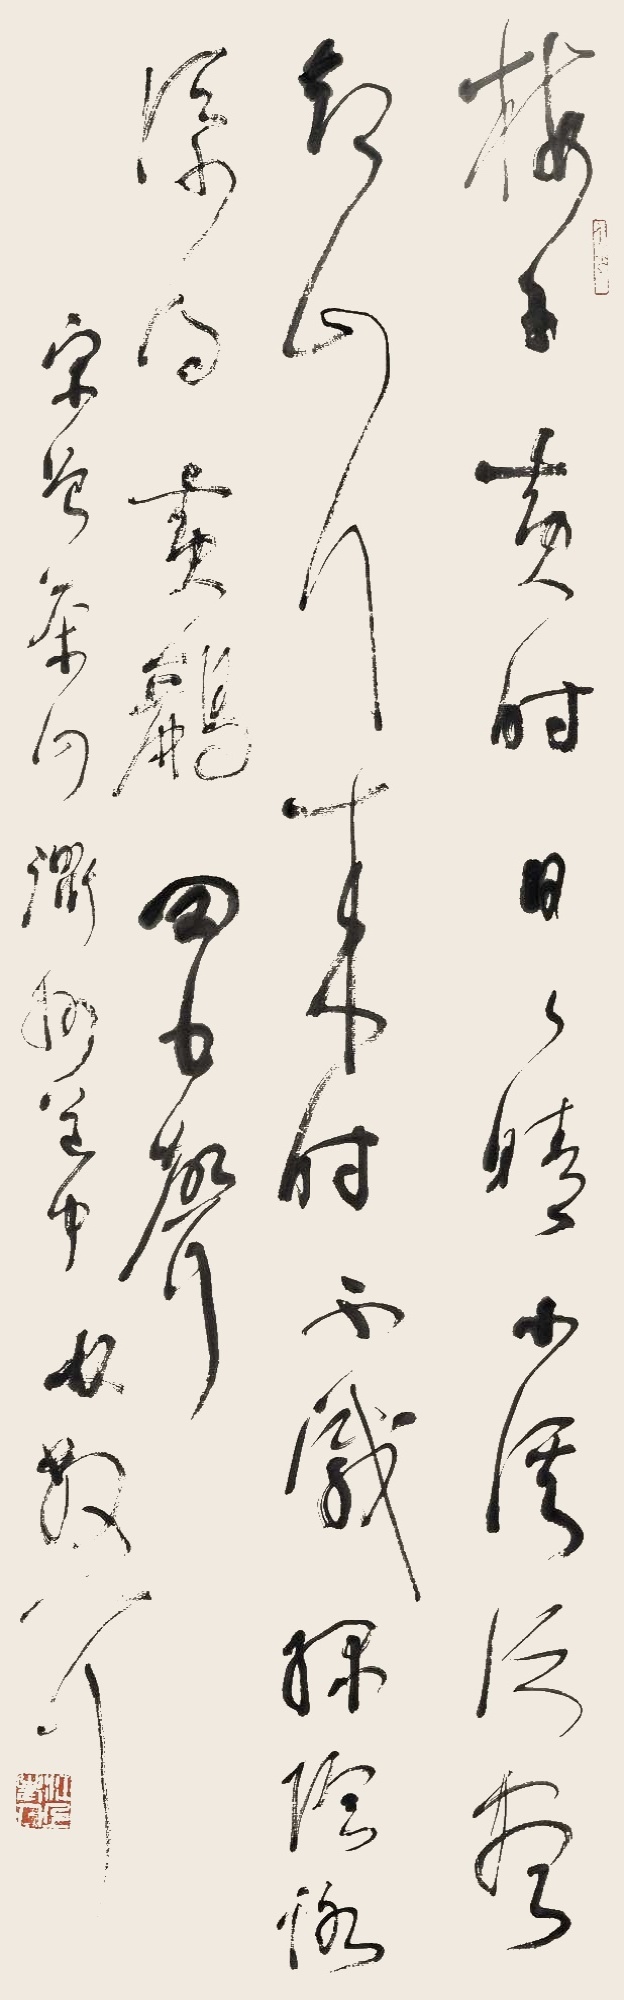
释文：梅子黄时日日晴，小溪泛尽却山行。绿阴不减来时路，添得黄鹂四五声。宋曾茶山衢州道中。宋曾茶山衢州道中。林散耳。